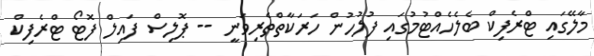
މާލޭގައި ޓްރެފިކް ބެލެހެއްޓުމުގައި ފުލުހުން ހަރަކާތްތެރިވަނީ -- ޕޮލިސް ފައިލް ފޮޓޯ ޓްރެފިކް